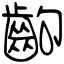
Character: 齣